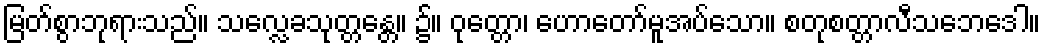
မြတ်စွာဘုရားသည်။ သလ္လေခသုတ္တန္တေ။ ၌။ ဝုတ္တော၊ ဟောတော်မူအပ်သော။ စတုစတ္တာလီသဘေဒေါ။